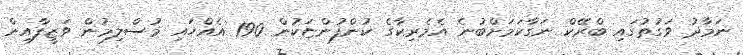
ނަމާދު ވަގުތުގައި ބްރޭކް ނަގާކަމަށްބުނެ އެމެރިކާގެ ކުންފުންޏަކުން 190 އެއްހައި މުސްލިމުން ވަޒީފާއިން